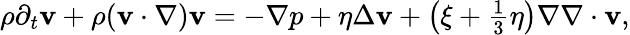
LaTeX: \begin{array}{r}{\rho\partial_{t}\mathbf v+\rho(\mathbf v\cdot\nabla)\mathbf v=-\nabla p+\eta\Delta\mathbf v+\left(\xi+\frac{1}{3}\eta\right)\nabla\nabla\cdot\mathbf v,}\end{array}